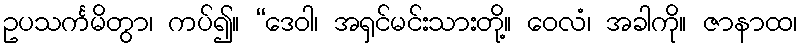
ဥပသင်္ကမိတွာ၊ ကပ်၍။ “ဒေဝါ၊ အရှင်မင်းသားတို့။ ဝေလံ၊ အခါကို။ ဇာနာထ၊